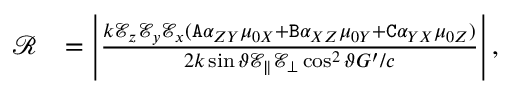
\begin{array} { r l } { \mathcal { R } } & { = \left| \frac { k \mathcal { E } _ { z } \mathcal { E } _ { y } \mathcal { E } _ { x } ( \mathtt { A } \alpha _ { Z Y } \mu _ { 0 X } + \mathtt { B } \alpha _ { X Z } \mu _ { 0 Y } + \mathtt { C } \alpha _ { Y X } \mu _ { 0 Z } ) } { 2 k \sin \vartheta \mathcal { E } _ { \| } \mathcal { E } _ { \bot } \cos ^ { 2 } \vartheta G ^ { \prime } / c } \right| , } \end{array}